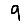
Digit: 9